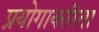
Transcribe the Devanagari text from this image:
प्रयोगाकरिता